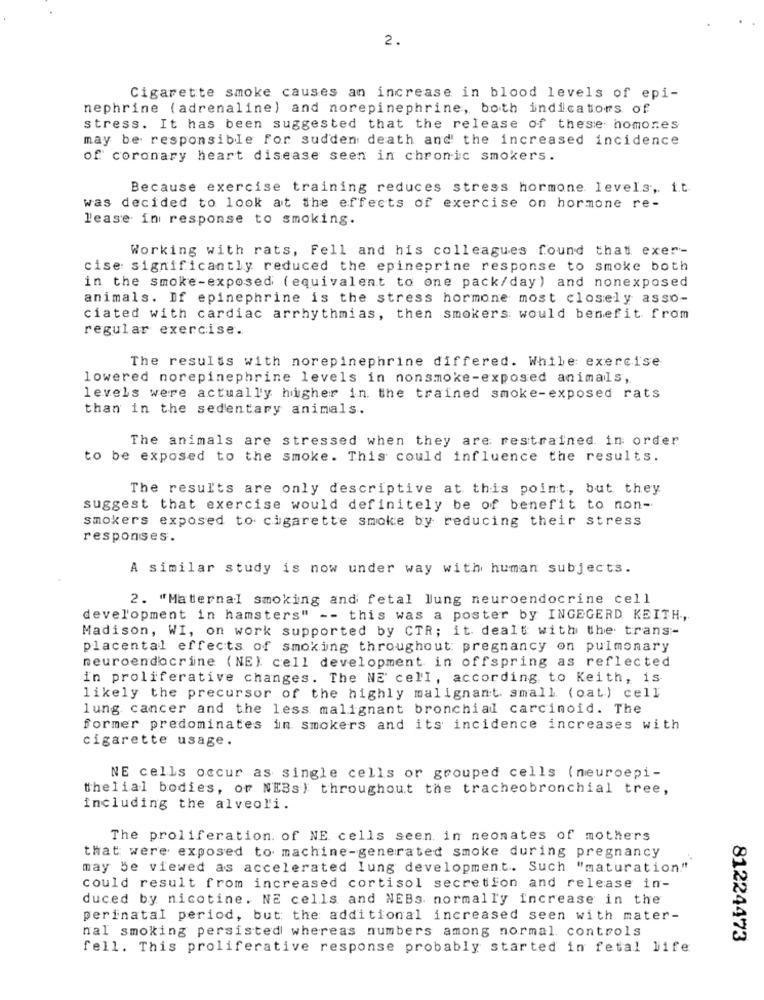
2.
Cigarette smoke causes an increase in blood levels of epi-
nephrine (adrenaline) and norepinephrine, both indicators of
stress. It has been suggested that the release of these homones
may be responsible for sudden death and the increased incidence
of coronary heart disease seen in chronic smokers.
Because exercise training reduces stress hormone levels ,. it
was decided to look at the effects of exercise on hormone re-
lease in response to smoking.
Working with rats, Fell and his colleagues found that exer-
cise significantly reduced the epineprine response to smoke both
in the smoke-exposed ( equivalent to one pack/day) and nonexposed
animals. If epinephrine is the stress hormone most closely asso-
ciated with cardiac arrhythmias, then smokers would benefit from
regular exercise.
The results with norepinephrine differed. While exercise
lowered norepinephrine levels in nonsmoke-exposed animais,
levels were actually higher in. the trained smoke-exposed rats
than in the sedentary animals.
The animals are stressed when they are restrained in order
to be exposed to the smoke. This could influence the results.
The results are only descriptive at this point, but they
suggest that exercise would definitely be of benefit to non-
smokers exposed to cigarette smoke by reducing their stress
responses.
A similar study is now under way with human subjects.
2. "Maternal smoking and fetal lung neuroendocrine cell
development in hamsters" -- this was a poster by INGEGERD KEITH,
Madison, WI, on work supported by CTR; it dealt with the trans-
placental effects of smoking throughout pregnancy on pulmonary
neuroendocrine (NE) cell development in offspring as reflected
in proliferative changes. The NE cell, according to Keith, is
likely the precursor of the highly malignant. small (oat) cell
lung cancer and the less malignant bronchial carcinoid. The
former predominates in smokers and its incidence increases with
cigarette usage.
NE cells occur as single cells or grouped cells (neuroepi-
thelial bodies, or NEBs) throughout the tracheobronchial tree,
including the alveoli.
The proliferation of NE cells seen in neomates of mothers
that were exposed to machine-generated smoke during pregnancy
may be viewed as accelerated lung development. Such "maturation."
could result from increased cortisol secretion and release in-
duced by nicotine. NE cells and NEBs. normally increase in the
perinatal period, but the additional increased seen with mater-
nal smoking persisted whereas numbers among normal. controls
81224473
fell. This proliferative response probably started in fetal life